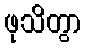
ဖုသိတွာ